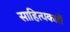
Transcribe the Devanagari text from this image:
साहित्‍यकारों